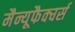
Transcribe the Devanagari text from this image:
मैन्यूफैक्चर्स